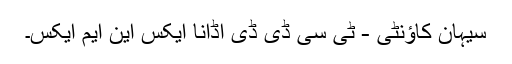
سیہان کاؤنٹی - ٹی سی ڈی ڈی اڈانا ایکس این ایم ایکس۔